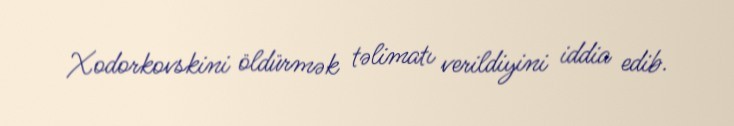
Xodorkovskini öldürmək təlimatı verildiyini iddia edib.